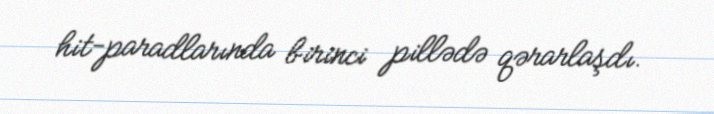
hit-paradlarında birinci pillədə qərarlaşdı.